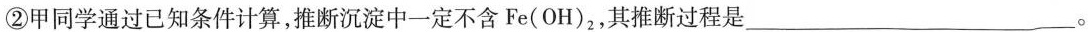
②\rightarrow甲同学通过已知条件计算，推断沉淀中一定不含Fe(OH)2，其推断过程是____